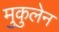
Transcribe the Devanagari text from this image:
मुकुलेन